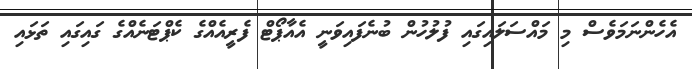
އެހެންނަމަވެސް މި މައްސަލައިގައި ފުލުހުން ބުނެފައިވަނީ އެއާޕޯޓް ފެރީއެއްގެ ކެޕްޓަނެއްގެ ގައިގައި ތަޅައި